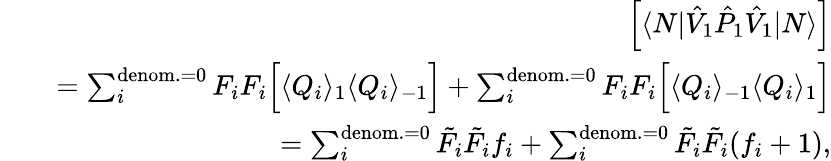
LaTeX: \begin{array}{rlr}&{}&{\left[\langle N|\hat{V}_{1}\hat{P}_{1}\hat{V}_{1}|N\rangle\right]}\\ &{}&{=\sum_{i}^{\mathrm{denom.}=0}{F_{i}F_{i}}\Big[\langle Q_{i}\rangle_{1}\langle Q_{i}\rangle_{-1}\Big]+\sum_{i}^{\mathrm{denom.}=0}{F_{i}F_{i}}\Big[\langle Q_{i}\rangle_{-1}\langle Q_{i}\rangle_{1}\Big]}\\ &{}&{=\sum_{i}^{\mathrm{denom.}=0}{\tilde{F}_{i}\tilde{F}_{i}}{f_{i}}+\sum_{i}^{\mathrm{denom.}=0}{\tilde{F}_{i}\tilde{F}_{i}}{(f_{i}+1)},}\end{array}